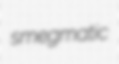
smegmatic